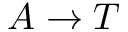
A \rightarrow T